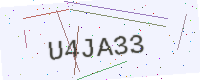
Text: U4JA33